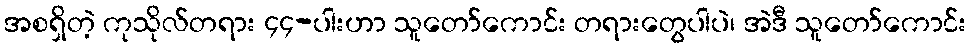
အစရှိတဲ့ ကုသိုလ်တရား ၄၄-ပါးဟာ သူတော်ကောင်း တရားတွေပါပဲ၊ အဲဒီ သူတော်ကောင်း